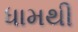
ધામથી